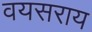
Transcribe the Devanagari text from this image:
वयसराय